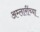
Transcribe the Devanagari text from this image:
अम्लारींच्या